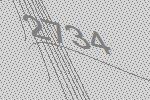
2734